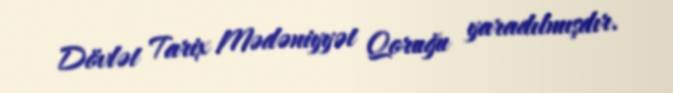
Dövlət Tarix Mədəniyyət Qoruğu yaradılmışdır.